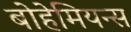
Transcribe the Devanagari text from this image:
बोहेमियन्स